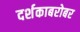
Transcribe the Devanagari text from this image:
दर्शकाबरोबर